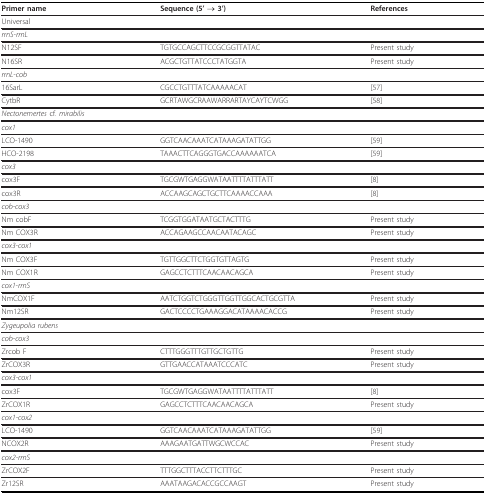
<table><thead><tr><td><b>Primer name</b></td><td><b>Sequence (5&#x27; → 3&#x27;)</b></td><td><b>References</b></td></tr></thead><tbody><tr><td>Universal</td><td></td><td></td></tr><tr><td><i>rrnS-rrnL</i></td><td></td><td></td></tr><tr><td>N12SF</td><td>TGTGCCAGCTTCCGCGGTTATAC</td><td>Present study</td></tr><tr><td>N16SR</td><td>ACGCTGTTATCCCTATGGTA</td><td>Present study</td></tr><tr><td><i>rrnL-cob</i></td><td></td><td></td></tr><tr><td>16SarL</td><td>CGCCTGTTTATCAAAAACAT</td><td>[57]</td></tr><tr><td>CytbR</td><td>GCRTAWGCRAAWARRARTAYCAYTCWGG</td><td>[58]</td></tr><tr><td><i>Nectonemertes </i>cf. <i>mirabilis</i></td><td></td><td></td></tr><tr><td><i>cox1</i></td><td></td><td></td></tr><tr><td>LCO-1490</td><td>GGTCAACAAATCATAAAGATATTGG</td><td>[59]</td></tr><tr><td>HCO-2198</td><td>TAAACTTCAGGGTGACCAAAAAATCA</td><td>[59]</td></tr><tr><td><i>cox3</i></td><td></td><td></td></tr><tr><td>cox3F</td><td>TGCGWTGAGGWATAATTTTATTTATT</td><td>[8]</td></tr><tr><td>cox3R</td><td>ACCAAGCAGCTGCTTCAAAACCAAA</td><td>[8]</td></tr><tr><td><i>cob-cox3</i></td><td></td><td></td></tr><tr><td>Nm cobF</td><td>TCGGTGGATAATGCTACTTTG</td><td>Present study</td></tr><tr><td>Nm COX3R</td><td>ACCAGAAGCCAACAATACAGC</td><td>Present study</td></tr><tr><td><i>cox3-cox1</i></td><td></td><td></td></tr><tr><td>Nm COX3F</td><td>TGTTGGCTTCTGGTGTTAGTG</td><td>Present study</td></tr><tr><td>Nm COX1R</td><td>GAGCCTCTTTCAACAACAGCA</td><td>Present study</td></tr><tr><td><i>cox1-rrnS</i></td><td></td><td></td></tr><tr><td>NmCOX1F</td><td>AATCTGGTCTGGGTTGGTTGGCACTGCGTTA</td><td>Present study</td></tr><tr><td>Nm12SR</td><td>GACTCCCCTGAAAGGACATAAAACACCG</td><td>Present study</td></tr><tr><td><i>Zygeupolia rubens</i></td><td></td><td></td></tr><tr><td><i>cob-cox3</i></td><td></td><td></td></tr><tr><td>Zrcob F</td><td>CTTTGGGTTTGTTGCTGTTG</td><td>Present study</td></tr><tr><td>ZrCOX3R</td><td>GTTGAACCATAAATCCCATC</td><td>Present study</td></tr><tr><td><i>cox3-cox1</i></td><td></td><td></td></tr><tr><td>cox3F</td><td>TGCGWTGAGGWATAATTTTATTTATT</td><td>[8]</td></tr><tr><td>ZrCOX1R</td><td>GAGCCTCTTTCAACAACAGCA</td><td>Present study</td></tr><tr><td><i>cox1-cox2</i></td><td></td><td></td></tr><tr><td>LCO-1490</td><td>GGTCAACAAATCATAAAGATATTGG</td><td>[59]</td></tr><tr><td>NCOX2R</td><td>AAAGAATGATTWGCWCCAC</td><td>Present study</td></tr><tr><td><i>cox2-rrnS</i></td><td></td><td></td></tr><tr><td>ZrCOX2F</td><td>TTTGGCTTTACCTTCTTTGC</td><td>Present study</td></tr><tr><td>Zr12SR</td><td>AAATAAGACACCGCCAAGT</td><td>Present study</td></tr></tbody></table>